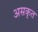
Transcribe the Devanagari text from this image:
असकृत